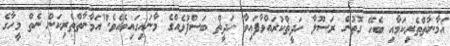
އަމާނާތްތެރިކަމާއި ބެހޭ ގޮތުން ރަސޫލާ ހަދީޡްކުރައްވާފައިވާ ހަދީޡް ބަސްފުޅެއްގެ މާނައިގައިވެއެވެ."އަމާނާތްތެރިކަން ނެތް މީހާގެ